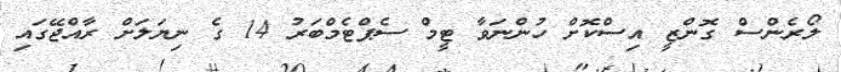
ލޯރެންސް ގޮންޒީ އިސްކޮށް ހުންނަވާ ޓީމް ސެޕްޓެމްބަރު 14 ގެ ނިޔަލަށް ރާއްޖޭގައި